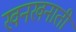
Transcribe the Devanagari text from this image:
खनखनाती